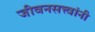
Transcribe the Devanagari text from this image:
जीवनसत्त्वांनी